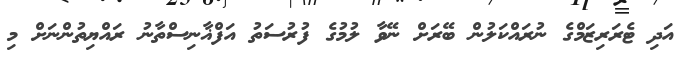
އަދި ޓެރަރިޒަމްގެ ނުރައްކަލުން ބޭރަށް ނޭވާ ލުމުގެ ފުރުސަތު އަފްޣާނިސްތާނު ރައްޔިތުންނަށް މި